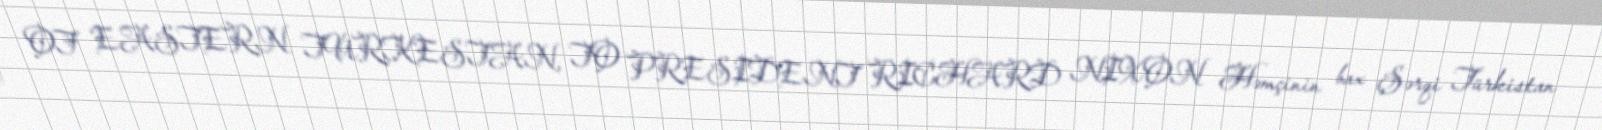
OF EASTERN TURKESTAN, TO PRESIDENT RICHARD NIXON Həmçinin bax Şərqi Türkistan